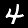
Digit: 4